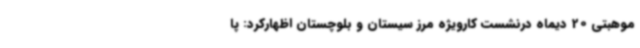
موهبتی 20 دیماه درنشست کارویژه مرز سیستان و بلوچستان اظهارکرد: پا